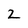
Character: 2